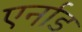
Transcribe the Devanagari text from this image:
एर्नाड